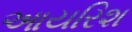
આયરિશ